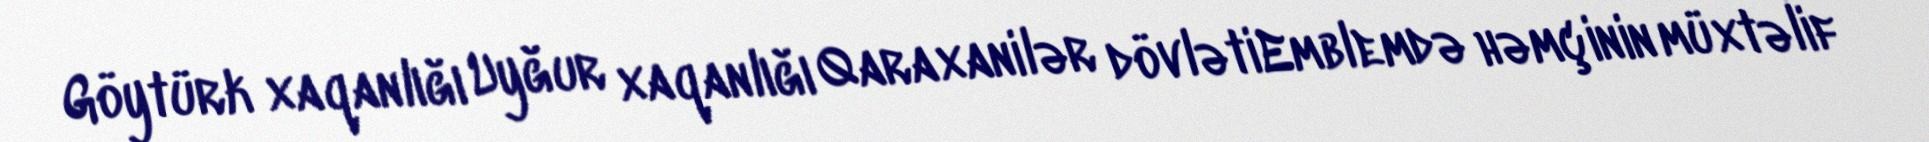
Göytürk xaqanlığı Uyğur xaqanlığı Qaraxanilər dövlətiEmblemdə həmçinin müxtəlif